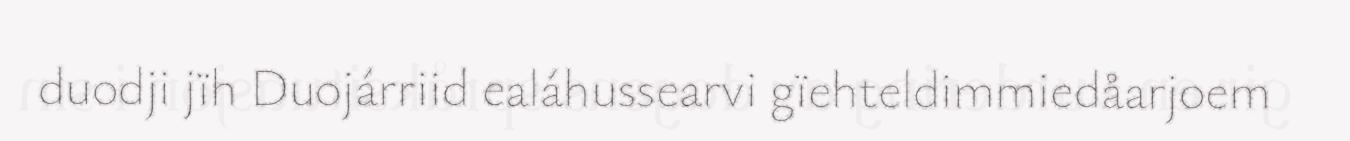
duodji jïh Duojárriid ealáhussearvi gïehteldimmiedåarjoem